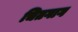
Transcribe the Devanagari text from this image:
चितगाग